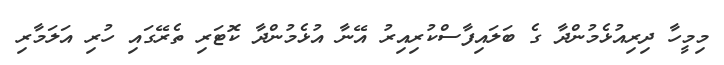
މިމީހާ ދިރިއުޅެމުންދާ ގެ ބަލައިފާސްކުރިއިރު އޭނާ އުޅެމުންދާ ކޮޓަރި ތެރޭގައި ހުރި އަލަމާރި